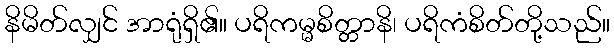
နိမိတ်လျှင် အာရုံရှိ၏။ ပရိကမ္မစိတ္တာနိ၊ ပရိကံစိတ်တို့သည်။